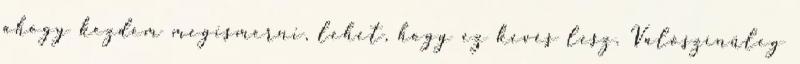
ahogy kezdem megismerni, lehet, hogy ez kevés lesz. Valószínűleg